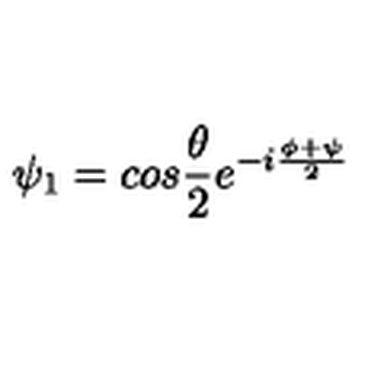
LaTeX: \psi _ { 1 } = c o s \frac { \theta } { 2 } e ^ { - i \frac { \phi + \psi } { 2 } }